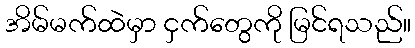
အိမ်မက်ထဲမှာ ငှက်တွေကို မြင်ရသည်။